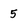
Character: 5